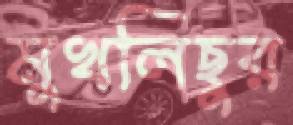
মুখলিছুর